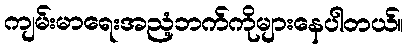
ကျမ်းမာရေးအညံ့ဘက်ကိုများနေပါတယ်။